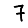
Digit: 7